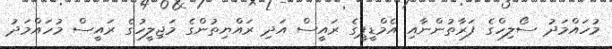
މުހައްމަދު ސޯލިހްގެ ފަރާތުންނާއި އެމްޑީޕީގެ ރައީސް އަދި ރައްޔިތުންގެ މަޖިލީހުގެ ރައީސް މުހައްމަދު